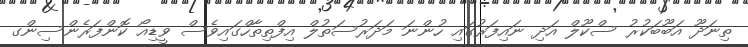
ތިނަދޫ އަބޫބަކުރު ސްކޫލް އަދި ނައިފަރުގައި ހުންނަ މަދަރުސަތުލް އިފްތިތާހްގައިވެސް ވީޑިއޯ ކޮންފަރެންސިންގ